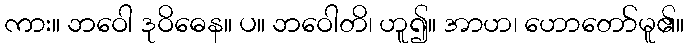
ကား။ ဘဝေါ ဒုဝိဓေန။ ပ။ ဘဝေါတိ၊ ဟူ၍။ အာဟ၊ ဟောတော်မူ၏။